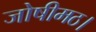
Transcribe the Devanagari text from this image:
जोषीमठ।